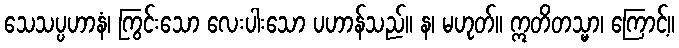
သေသပ္ပဟာနံ၊ ကြွင်းသော လေးပါးသော ပဟာန်သည်။ န၊ မဟုတ်။ ဣတိတသ္မာ၊ ကြောင့်။